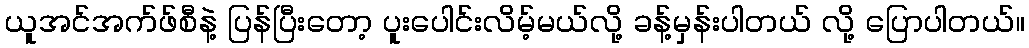
ယူအင်အက်ဖ်စီနဲ့ ပြန်ပြီးတော့ ပူးပေါင်းလိမ့်မယ်လို့ ခန့်မှန်းပါတယ် လို့ ပြောပါတယ်။